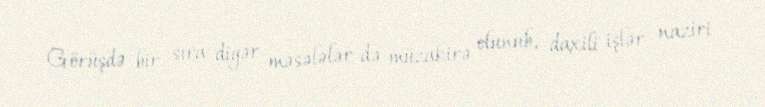
Görüşdə bir sıra digər məsələlər də müzakirə olunub, daxili işlər naziri